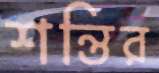
শন্তির